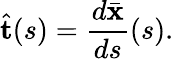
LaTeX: \hat{\mathbf{t}}(s)=\frac{d\bar{\mathbf{x}}}{ds}(s).